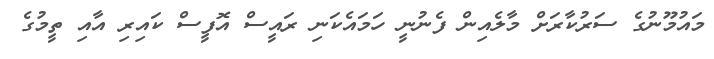
މައުމޫނުގެ ސަރުކާރަށް މާލެއިން ފެނުނީ ހަމައެކަނި ރައީސް އޮފީސް ކައިރި އާއި ތީމުގެ